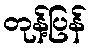
တုန့်ပြန်